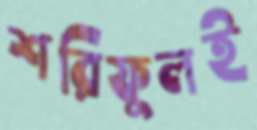
শরিফুলই